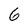
Character: 6